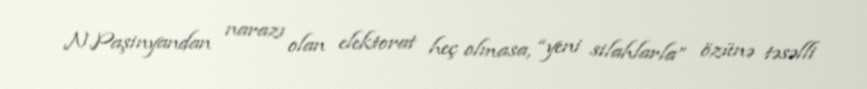
N.Paşinyandan narazı olan elektorat heç olmasa, “yeni silahlarla” özünə təsəlli